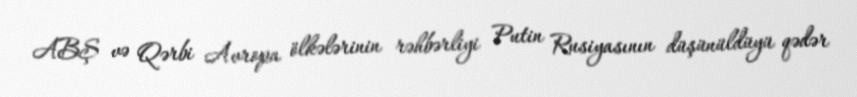
ABŞ və Qərbi Avropa ölkələrinin rəhbərliyi Putin Rusiyasının düşünüldüyü qədər